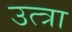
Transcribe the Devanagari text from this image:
उत्त्रा